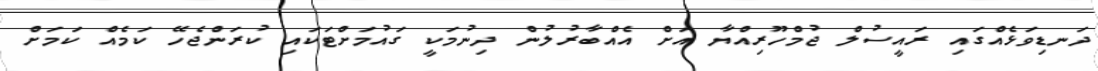
ދަނޑިވަޅެއްގައި ރައީސުލް ޖުމްހޫރިއްޔާ އަށް އެއްބާރުލުން ދިނުމަކީ ގައުމަށްޓަކައި ކުރަންޖެހޭ ކަމެއް ކަމަށް